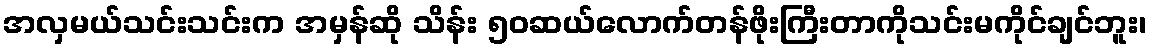
အလှမယ်သင်းသင်းက အမှန်ဆို သိန်း ၅၀ဆယ်လောက်တန်ဖိုးကြီးတာကိုသင်းမကိုင်ချင်ဘူး၊